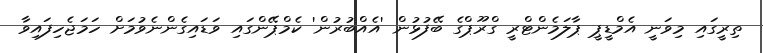
ތިރީގައި މިވަނީ އެމްޑީޕީ ޕާލަމެންޓްރީ ގްރޫޕްގެ ބޭފުޅުން 'އެއްބުރުން' ކެމްޕޭންގައި ވަޑައިގެންނެވުމަށް ހަމަޖެހިފައިވާ